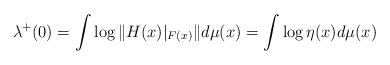
\begin{align*}\lambda\sp+(0)=\int\log\|H(x)|_{F(x)}\|d\mu(x)=\int\log\eta(x) d\mu(x)\end{align*}